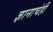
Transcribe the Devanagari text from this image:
ज्ञानाचंही